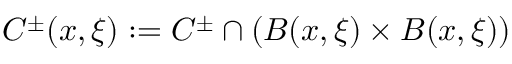
C ^ { \pm } ( x , \xi ) : = C ^ { \pm } \cap ( B ( x , \xi ) \times B ( x , \xi ) )